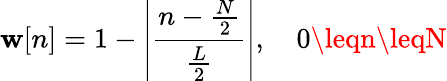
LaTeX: \mathbf{w}[n]=1-\left|{\frac{{n-{\frac{{N}}{{2}}}}}{{\frac{{L}}{{2}}}}}\right|,\quad0\leqn\leqN